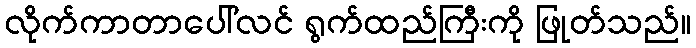
လိုက်ကာတာပေါ်လင် ရွက်ထည်ကြီးကို ဖြုတ်သည်။